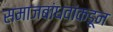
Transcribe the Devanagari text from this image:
समाजबांधवांकडून